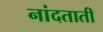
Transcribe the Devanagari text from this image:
नांदताती